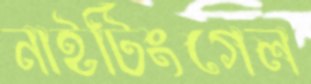
নাইটিংগেল